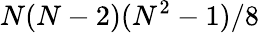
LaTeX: N(N-2)(N^{2}-1)/8